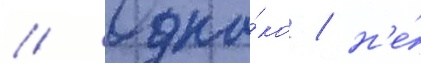
// Одна́ко / н'е́